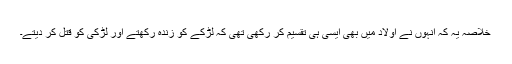
خلاصہ یہ کہ انہوں نے اولاد میں بھی ایسی ہی تقسیم کر رکھی تھی کہ لڑکے کو زندہ رکھتے اور لڑکی کو قتل کر دیتے۔